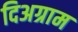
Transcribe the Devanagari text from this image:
दिअग्राम